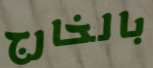
بالخارج